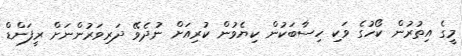
މީގެ އިތުރުން ކޯހުގެ ވަކި ހިސާބަކުން ކިޔެވުން ކުރިއަށް ނުދެވޭ ދަރިވަރުންނަށް ރީފަންޑް